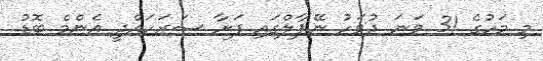
މި މަހުގެ 31 ވަނަ ދުވަހު ނޭޕާލްގައި ފަށާ ސަރަހައްދީ އެންމެ ބޮޑު